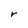
Character: r